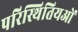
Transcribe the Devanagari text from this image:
परिस्थितियओं